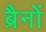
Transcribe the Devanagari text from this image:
ब्रैनों